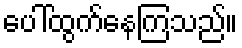
ပေါ်ထွက်နေကြသည်။